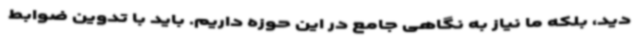
دید، بلکه ما نیاز به نگاهی جامع در این حوزه داریم. باید با تدوین ضوابط